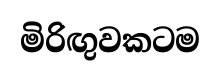
මිරිඟුවකටම